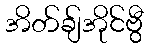
အိတ်ချ်အိုင်ဗွီ